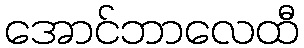
အောင်ဘာလေထီ